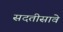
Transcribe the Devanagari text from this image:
सदतीसावे